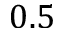
0 . 5